Insane asylums in Bengal annual reports 1867-1875 - 1867-1875
Year: 1867
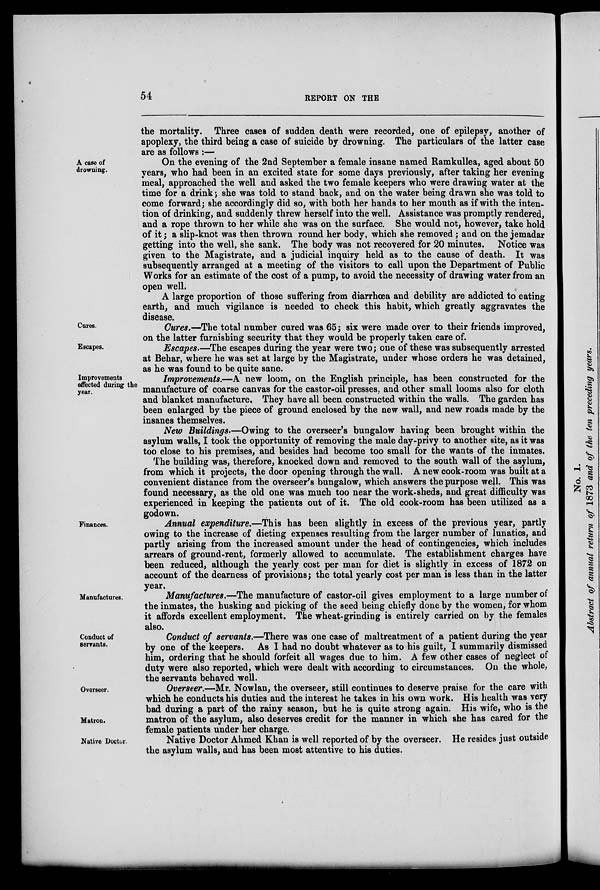
54
REPORT ON THE
the mortality. Three cases of sudden death were recorded, one of epilepsy, another of
apoplexy, the third being a case of suicide by drowning. The particulars of the latter case
are as follows :—
A
case
of
drowning.
On the evening of the 2nd September a female insane named Ramkullea, aged about 50
years, who had been in an excited state for some days previously, after taking her evening
meal, approached the well and asked the two female keepers who were drawing water at the
time for a drink; she was told to stand back, and on the water being drawn she was told to
come forward; she accordingly did so, with both her hands to her mouth as if with the inten-
tion of drinking, and suddenly threw herself into the well. Assistance was promptly rendered,
and a rope thrown to her while she was on the surface. She would not, however, take hold
of it; a slip-knot was then thrown round her body, which she removed; and on the jemadar
getting into the well, she sank. The body was not recovered for 20 minutes. Notice was
given to the Magistrate, and a judicial inquiry held as to the cause of death. It was
subsequently arranged at a meeting of the visitors to call upon the Department of Public
Works for an estimate of the cost of a pump, to avoid the necessity of drawing water from an
open well.
A large proportion of those suffering from diarrhœa and debility are addicted to eating
earth, and much vigilance is needed to check this habit, which greatly aggravates the
disease.
Cures.
Cures.—The total number cured was 65; six were made over to their friends improved,
on the latter furnishing security that they would be properly taken care of.
Escapes.
Escapes.—The escapes during the year were two; one of these was subsequently arrested
at Behar, where he was set at large by the Magistrate, under whose orders he was detained,
as he was found to be quite sane.
Improvements
effected during the
year.
Improvements.—A new loom, on the English principle, has been constructed for the
manufacture of coarse canvas for the castor-oil presses, and other small looms also for cloth
and blanket manufacture. They have all been constructed within the walls. The garden has
been enlarged by the piece of ground enclosed by the new wall, and new roads made by the
insanes themselves.
New Buildings.—Owing to the overseer's bungalow having been brought within the
asylum walls, I took the opportunity of removing the male day-privy to another site, as it was
too close to his premises, and besides had become too small for the wants of the inmates.
The building was, therefore, knocked down and removed to the south wall of the asylum,
from which it projects, the door opening through the wall. A new cook-room was built at a
convenient distance from the overseer's bungalow, which answers the purpose well. This was
found necessary, as the old one was much too near the work-sheds, and great difficulty was
experienced in keeping the patients out of it. The old cook-room has been utilized as a
godown.
Finances.
Annual expenditure.—This has been slightly in excess of the previous year, partly
owing to the increase of dieting expenses resulting from the larger number of lunatics, and
partly arising from the increased amount under the head of contingencies, which includes
arrears of ground-rent, formerly allowed to accumulate. The establishment charges have
been reduced, although the yearly cost per man for diet is slightly in excess of 1872 on
account of the dearness of provisions; the total yearly cost per man is less than in the latter
year.
Manufactures.
Manufactures.—The manufacture of castor-oil gives employment to a large number of
the inmates, the husking and picking of the seed being chiefly done by the women, for whom
it affords excellent employment. The wheat-grinding is entirely carried on by the females
also.
Conduct of
servants.
Conduct of servants.—There was one case of maltreatment of a patient during the year
by one of the keepers. As I had no doubt whatever as to his guilt, I summarily dismissed
him, ordering that he should forfeit all wages due to him. A few other cases of neglect of
duty were also reported, which were dealt with according to circumstances. On the whole,
the servants behaved well.
Overseer.
Matron.
Overseer.—Mr. Nowlan, the overseer, still continues to deserve praise for the care with
which he conducts his duties and the interest he takes in his own work. His health was very
bad during a part of the rainy season, but he is quite strong again. His wife, who is the
matron of the asylum, also deserves credit for the manner in which she has cared for the
female patients under her charge.
Native Doctor.
Native Doctor Ahmed Khan is well reported of by the overseer. He resides just outside
the asylum walls, and has been most attentive to his duties.